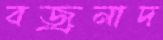
বজ্রনাদ